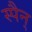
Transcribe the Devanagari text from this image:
स्पैन्